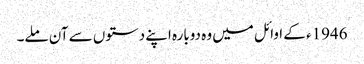
1946ء کے اوائل میں وہ دوبارہ اپنے دستوں سے آن ملے۔